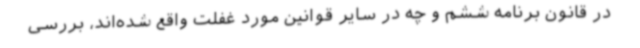
در قانون برنامه ششم و چه در سایر قوانین مورد غفلت واقع شده‌اند، بررسی